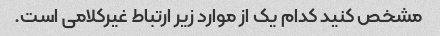
مشخص کنید کدام یک از موارد زیر ارتباط غیرکلامی است.